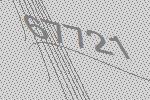
67721